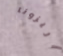
اريزونا